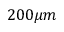
2 0 0 \mu m